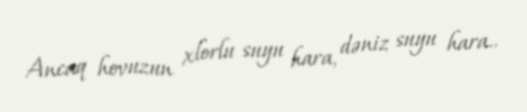
Ancaq hovuzun xlorlu suyu hara, dəniz suyu hara..